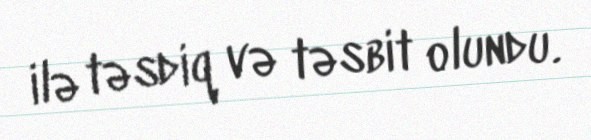
ilə təsdiq və təsbit olundu.